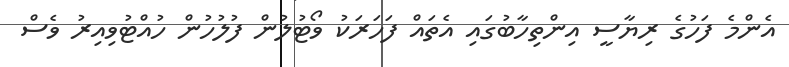
އެންމެ ފަހުގެ ރިޔާސީ އިންތިހާބުގައި އެތައް ފަހަރަކު ވޯޓުލުން ފުލުހުން ހުއްޓުވިއިރު ވެސް